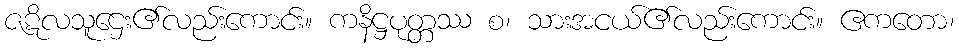
ဇဋိလသူဌေး၏လည်းကောင်း။ ကနိဋ္ဌပုတ္တဿ စ၊ သားအငယ်၏လည်းကောင်း။ ဧကတော၊